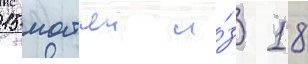
15 матчеи и́з 18